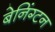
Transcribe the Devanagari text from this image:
बेनिंग्टन